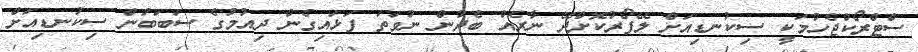
ސްޓްރޯކްޖެހުމަކީ ސިކުނޑިއަށް ލޭފޯރުކޮށްދޭ ނާރެއް ބެދުން ނުވަތަ ފަޅައިގެން ދިއުމުގެ ސަބަބުން ސިކުނޑިއަށް